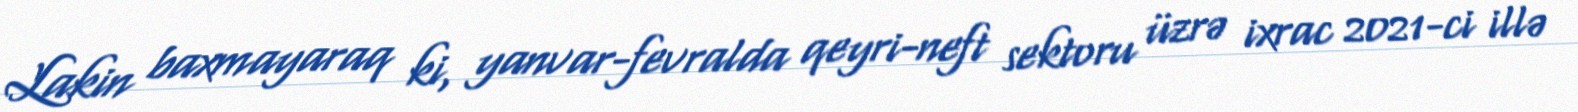
Lakin baxmayaraq ki, yanvar-fevralda qeyri-neft sektoru üzrə ixrac 2021-ci illə